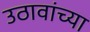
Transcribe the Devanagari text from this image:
उठावांच्या